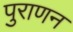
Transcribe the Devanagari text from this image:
पुराणन